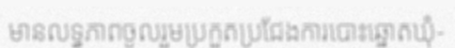
មានលទ្ធភាពចូលរួមប្រកួតប្រជែងការបោះឆ្នោតឃុំ-